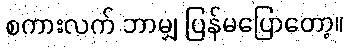
စကားလက် ဘာမျှ ပြန်မပြောတော့။